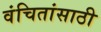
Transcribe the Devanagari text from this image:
वंचितांसाठी